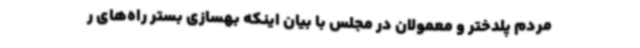
مردم پلدختر و معمولان در مجلس با بیان اینکه بهسازی بستر راه‌های ر